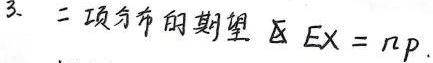
3. 二项分布的期望 \(EX = np\).